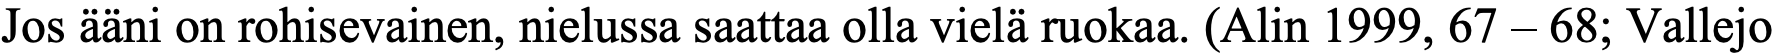
Jos ääni on rohisevainen, nielussa saattaa olla vielä ruokaa. (Alin 1999, 67 – 68; Vallejo